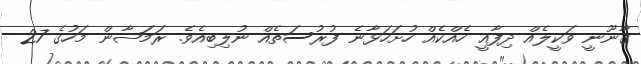
ޤާނޫނީ ވަކީލެއް ދިފާއީ ހެއްކެއް ހުށަހަޅާނެ ފުރުސަތެއް ނުލިބިއެވެ. ރަމަޟާން މަހުގެ 27